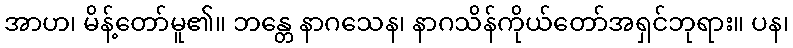
အာဟ၊ မိန့်တော်မူ၏။ ဘန္တေ နာဂသေန၊ နာဂသိန်ကိုယ်တော်အရှင်ဘုရား။ ပန၊